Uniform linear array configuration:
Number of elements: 24
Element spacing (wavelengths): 0.5
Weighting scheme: cosine
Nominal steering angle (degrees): -30
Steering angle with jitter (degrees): -29.043
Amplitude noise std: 0.05
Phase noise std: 0.05

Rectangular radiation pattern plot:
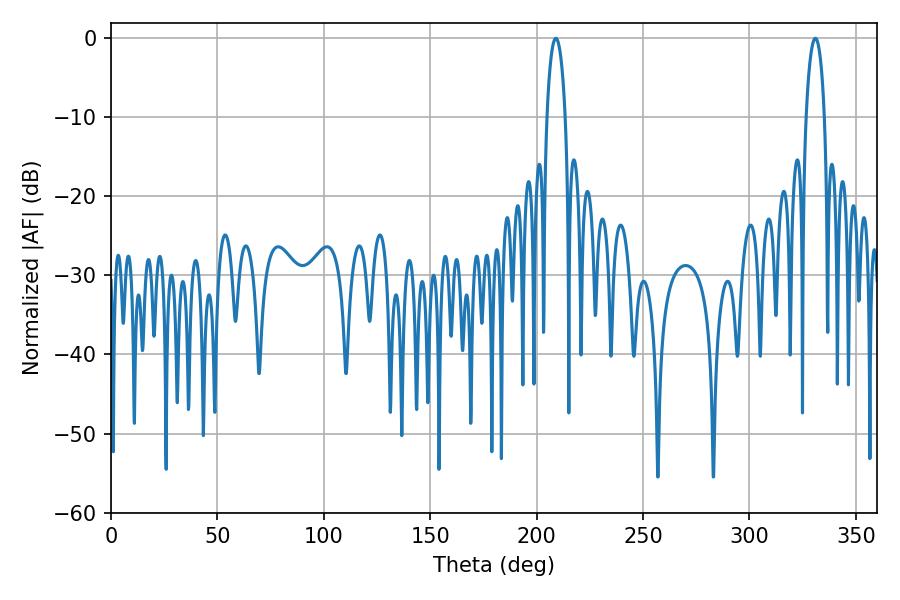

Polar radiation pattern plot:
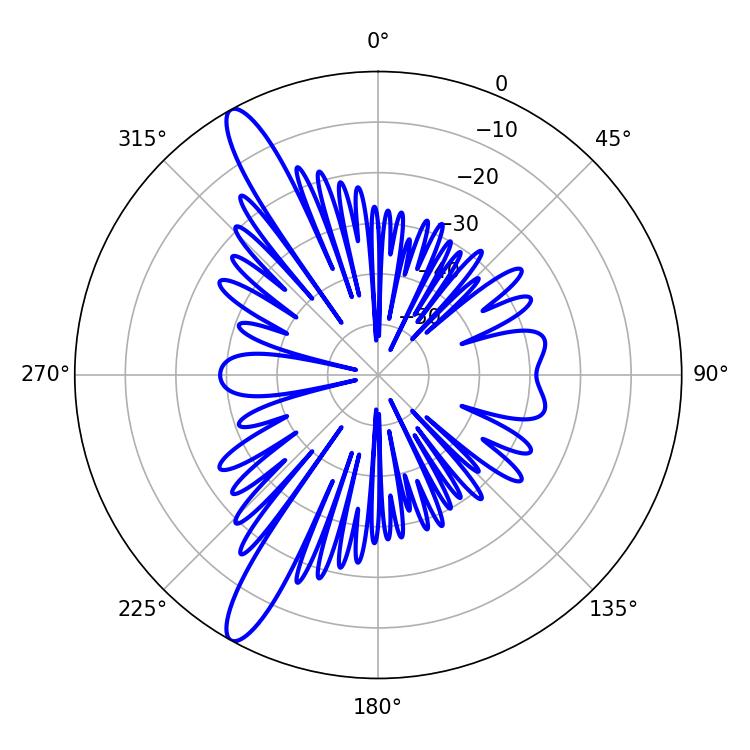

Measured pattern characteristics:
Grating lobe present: FALSE
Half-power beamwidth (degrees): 4.86
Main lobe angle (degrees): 208.98